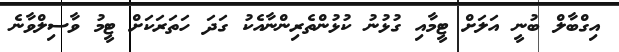
އިގްބާލް ބުނީ އަލަށް ޓީމާއި ގުޅުނު ކުޅުންތެރިންނާއެކު ގަދަ ހަތަރަކަށް ޓީމު ވާސިލްވާނެ